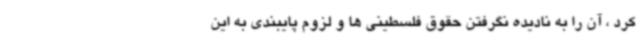
کرد ، آن را به نادیده نگرفتن حقوق فلسطینی ها و لزوم پایبندی به این